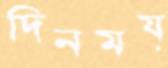
দিনময়